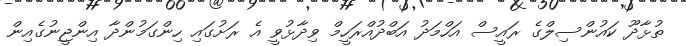
ތުޅާދޫ ކައުންސިލްގެ ރައީސް އަހްމަދު އަބްދުއްރަހީމް ވިދާޅުވީ އެ ރަށުގައި ހިންގަމުންދާ އިންޖީނުގެއިން